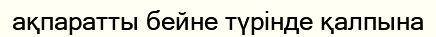
ақпаратты бейне түрінде қалпына